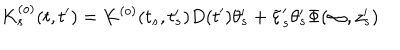
LaTeX: K _ { s } ^ { ( o ) } ( t , t ^ { \prime } ) = K ^ { ( o ) } ( t _ { s } , t _ { s } ^ { \prime } ) D ( t ^ { \prime } ) \theta _ { s } ^ { \prime } + \tilde { \varepsilon } _ { s } ^ { \prime } \theta _ { s } ^ { \prime } \Phi ( \infty , z _ { s } ^ { \prime } )